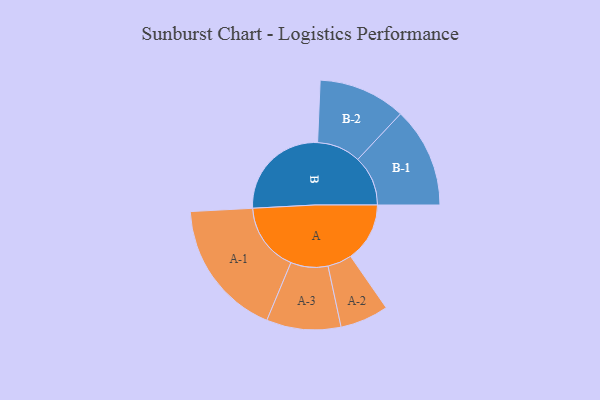
{"axis": {"x": "Segment", "y": "Value"}, "legend": ["", "A", "B"], "data": [{"x": "A", "y": 256, "type": ""}, {"x": "B", "y": 442, "type": ""}, {"x": "A-1", "y": 298, "type": "A"}, {"x": "A-2", "y": 105, "type": "A"}, {"x": "A-3", "y": 161, "type": "A"}, {"x": "B-1", "y": 217, "type": "B"}, {"x": "B-2", "y": 189, "type": "B"}]}